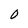
Character: 0